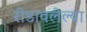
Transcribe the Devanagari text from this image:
रोडावलेल्या